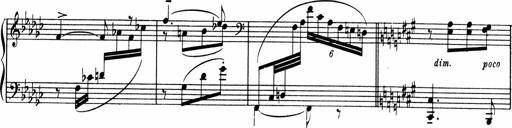
Title: Sonatine pour piano
Composer: Albert Roussel